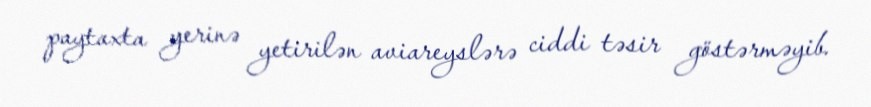
paytaxta yerinə yetirilən aviareyslərə ciddi təsir göstərməyib.